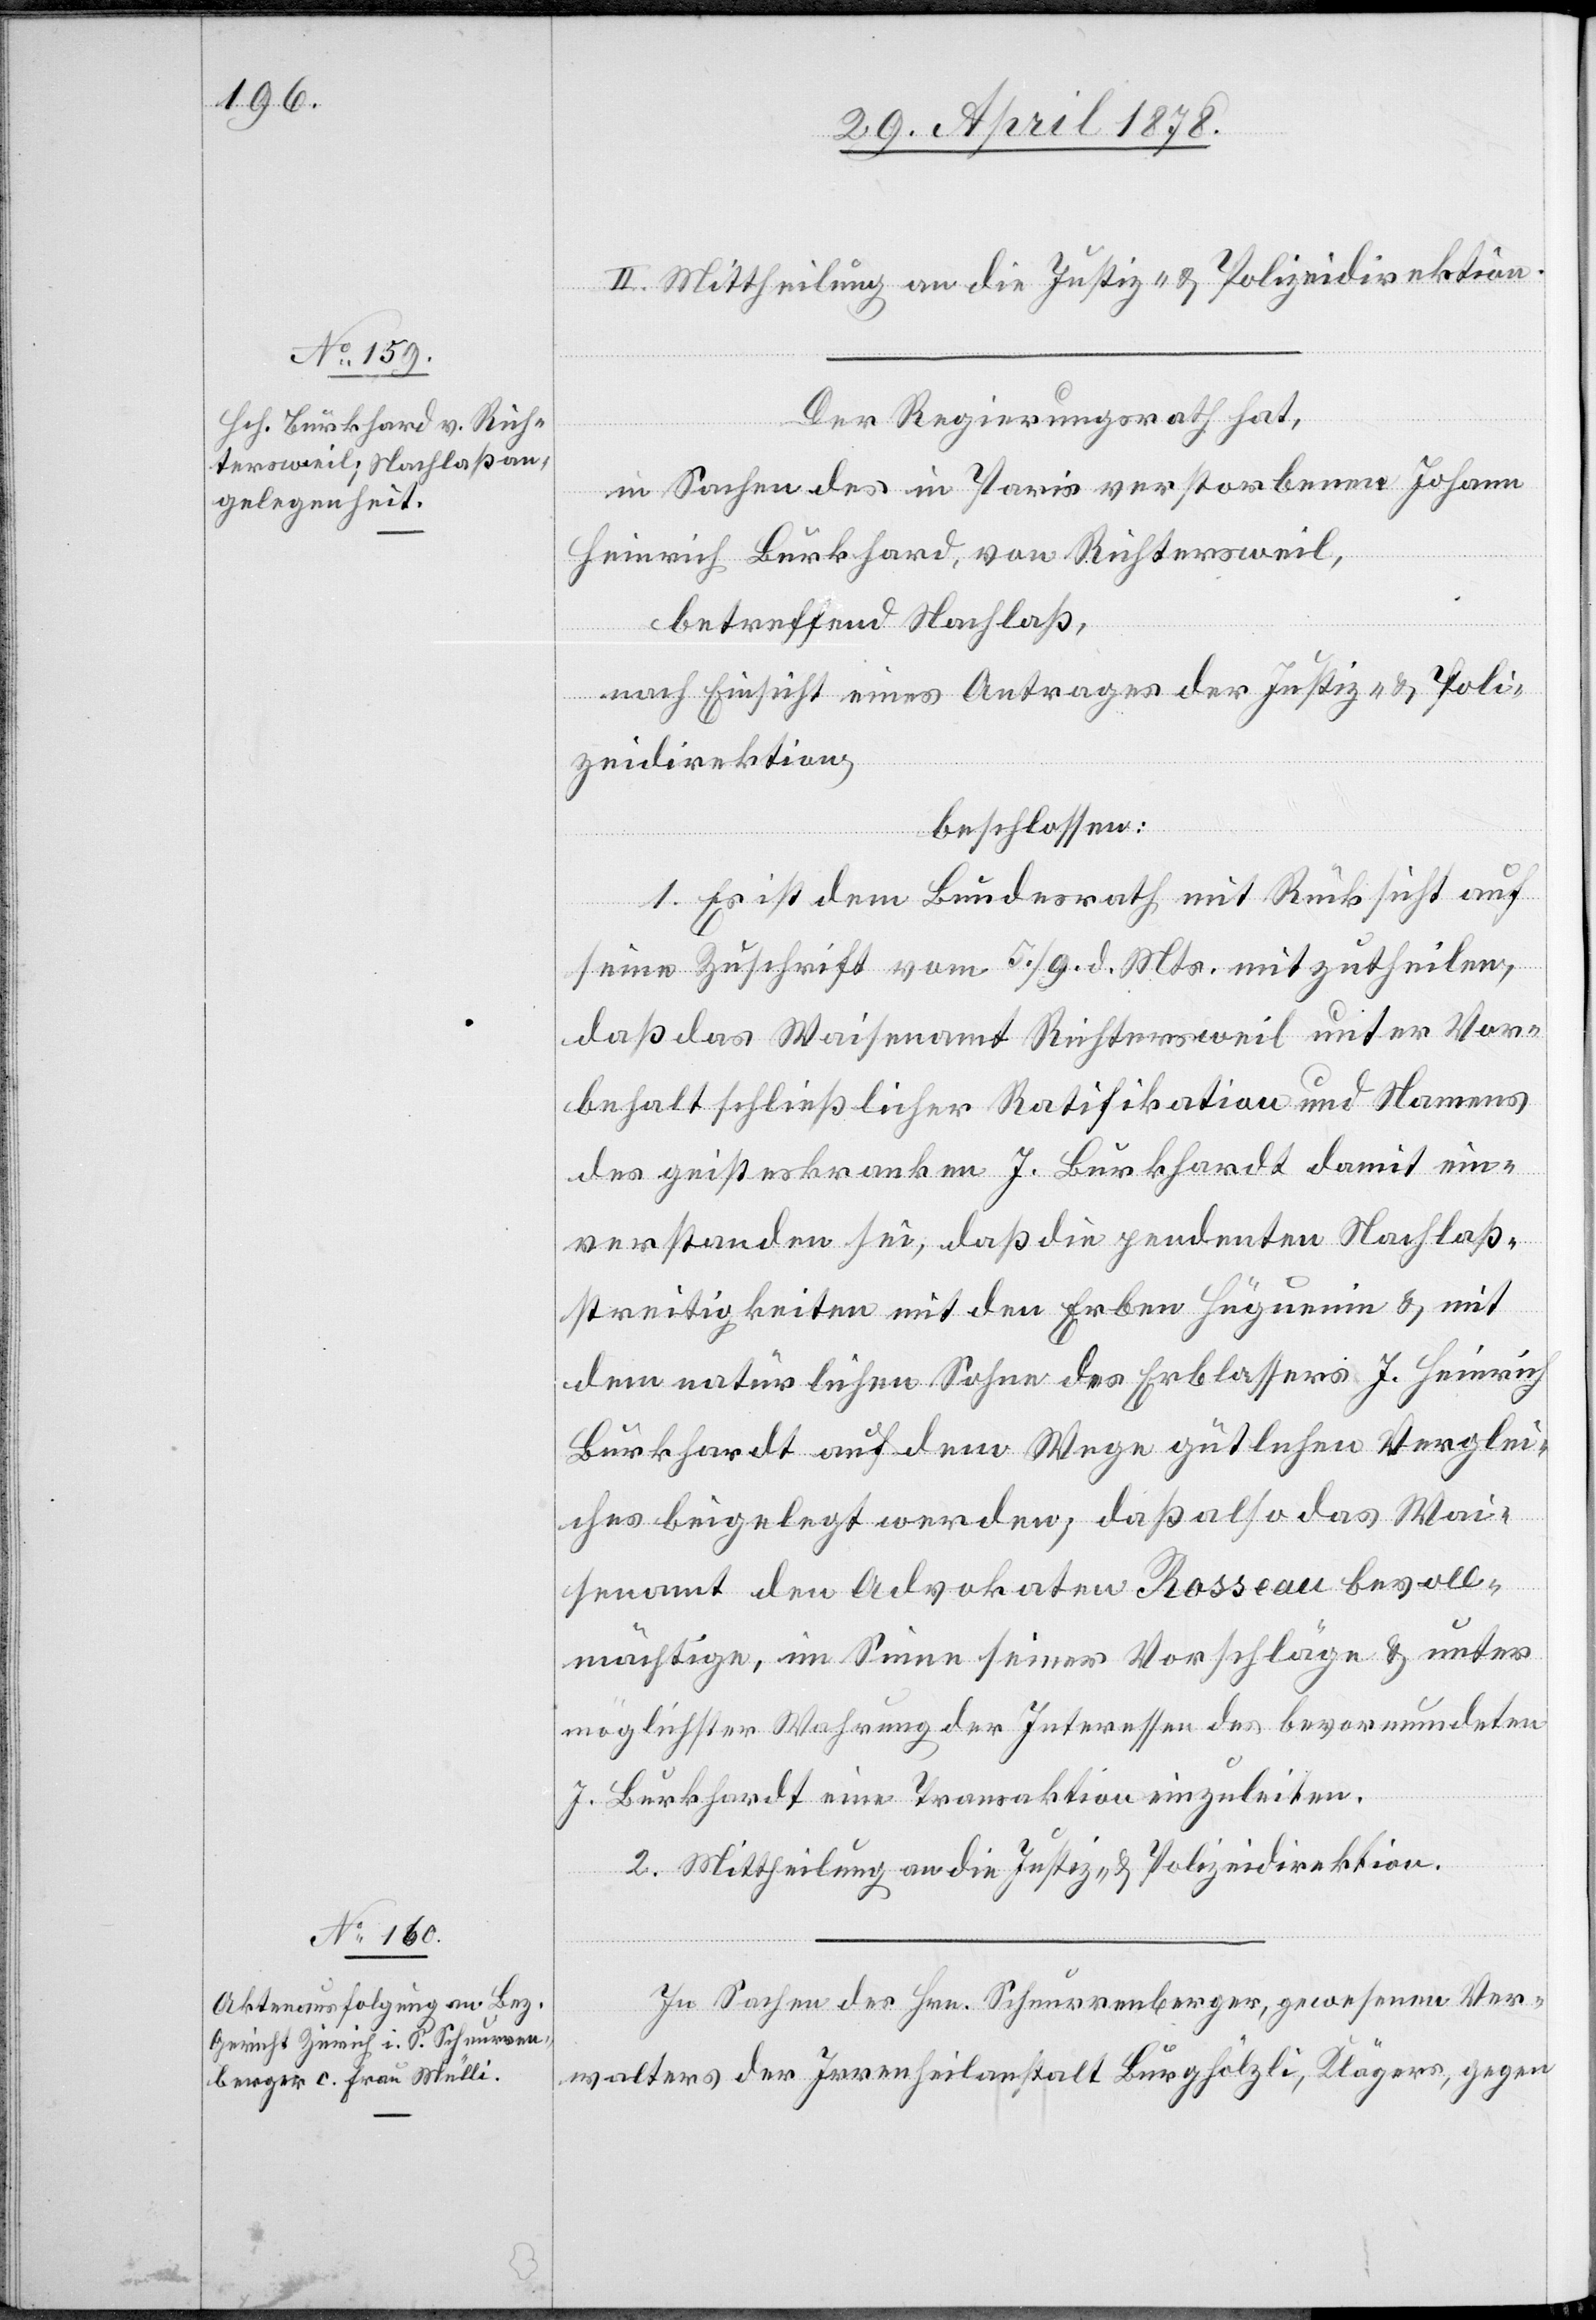
Der Regierungsrath hat,
in Sachen des in Paris verstorbenen Johann
Heinrich Burkhard, von Richtersweil,
betreffend Nachlaß,
nach Einsicht eines Antrages der Justiz- & Poli¬
zeidirektion,
beschlossen:
1. Es ist dem Bundesrath mit Rücksicht auf
seine Zuschrift vom 5./9. d. Mts. mitzutheilen,
daß das Waisenamt Richtersweil unter Vor¬
behalt schließlicher Ratifikation und Namens
des geisteskranken J. Burkhardt [sic!] damit ein¬
verstanden sei, daß die pendenten Nachlaß¬
streitigkeiten mit den Erben Hüguenin & mit
dem natürlichen Sohn des Erblassers J. Heinrich
Burkhardt auf dem Wege gütlichen Verglei¬
ches beigelegt werden; daß also das Wai¬
senamt den Advokaten Rosseau bevoll¬
mächtige, im Sinne seiner Vorschläge & unter
möglichster Wahrung der Interessen des bevormundeten
J. Burkhardt eine Transaktion einzuleiten.
2. Mittheilung an die Justiz- & Polizeidirektion.
In Sachen des Hrn. Schnurrenberger, gewesenen Ver¬
walters der Irrenheilanstalt Burghölzli, Kläger, gegen